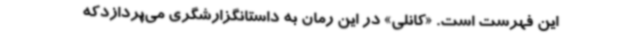
این فهرست است. «‌کانلی» در این رمان به داستانگزارشگری می‌پردازدکه